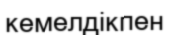
кемелдікпен